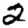
Digit: 2